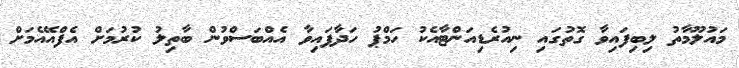
މައުލޫމާތު ލިބިފައިވާ ގޮތުގައި ނިއުރެޑިއަންޓާއެކު ހަމްޕު ހަދާފައިވާ އެއްބަސްވުން ބާތިލު ކުރުމަށް އެފްއޭއެމަށް